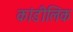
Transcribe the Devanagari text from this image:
कांडीलिक